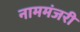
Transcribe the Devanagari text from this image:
नाममंजरी